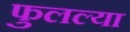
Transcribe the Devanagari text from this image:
फुलल्या